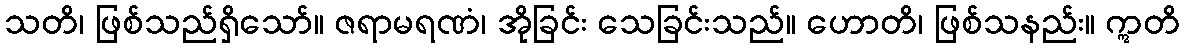
သတိ၊ ဖြစ်သည်ရှိသော်။ ဇရာမရဏံ၊ အိုခြင်း သေခြင်းသည်။ ဟောတိ၊ ဖြစ်သနည်း။ ဣတိ